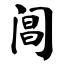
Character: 阊